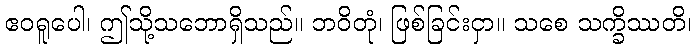
ဧဝရူပေါ၊ ဤသို့သဘောရှိသည်။ ဘဝိတုံ၊ ဖြစ်ခြင်းငှာ။ သစေ သက္ခိဿတိ၊